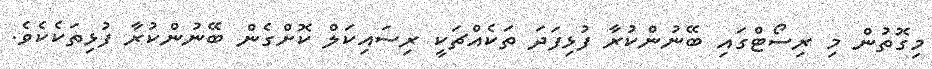
މިގޮތުން މި ރިސޯޓްގައި ބޭނުންކުރާ ފުޅިފަދަ ތަކެއްޗަކީ ރިސައިކަލް ކޮށްގެން ބޭނުންކުރާ ފުޅިތަކެކެވެ.